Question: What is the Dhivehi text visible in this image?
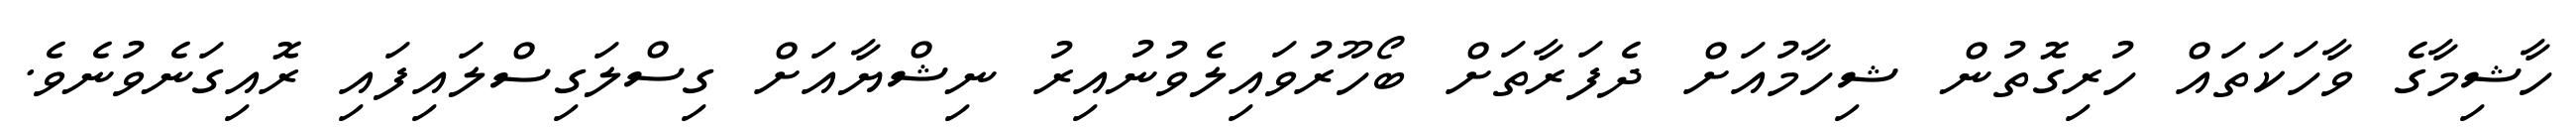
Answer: ހާޝިމާގެ ވާހަކަތައް ހުރިގޮތުން ޝިހާމުއަށް ދެފަރާތަށް ބޯހޫރުވައިލެވުނުއިރު ނިޝްޔާއަށް ގިސްލަގިސްލައިފައި ރޮއިގަނެވުނެވެ.